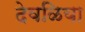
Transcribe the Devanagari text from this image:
देवळिया